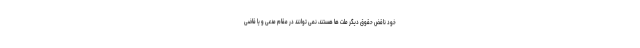
خود ناقض حقوق دیگر ملت ها هستند، نمی توانند در مقام مدعی و یا قاضی